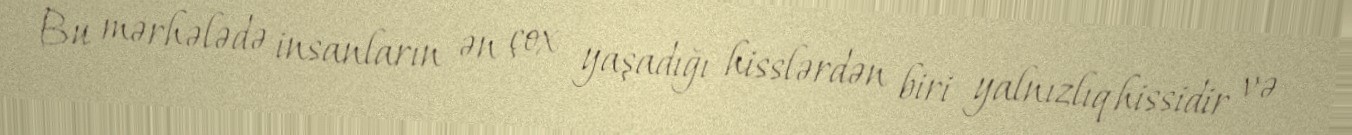
Bu mərhələdə insanların ən çox yaşadığı hisslərdən biri yalnızlıq hissidir və